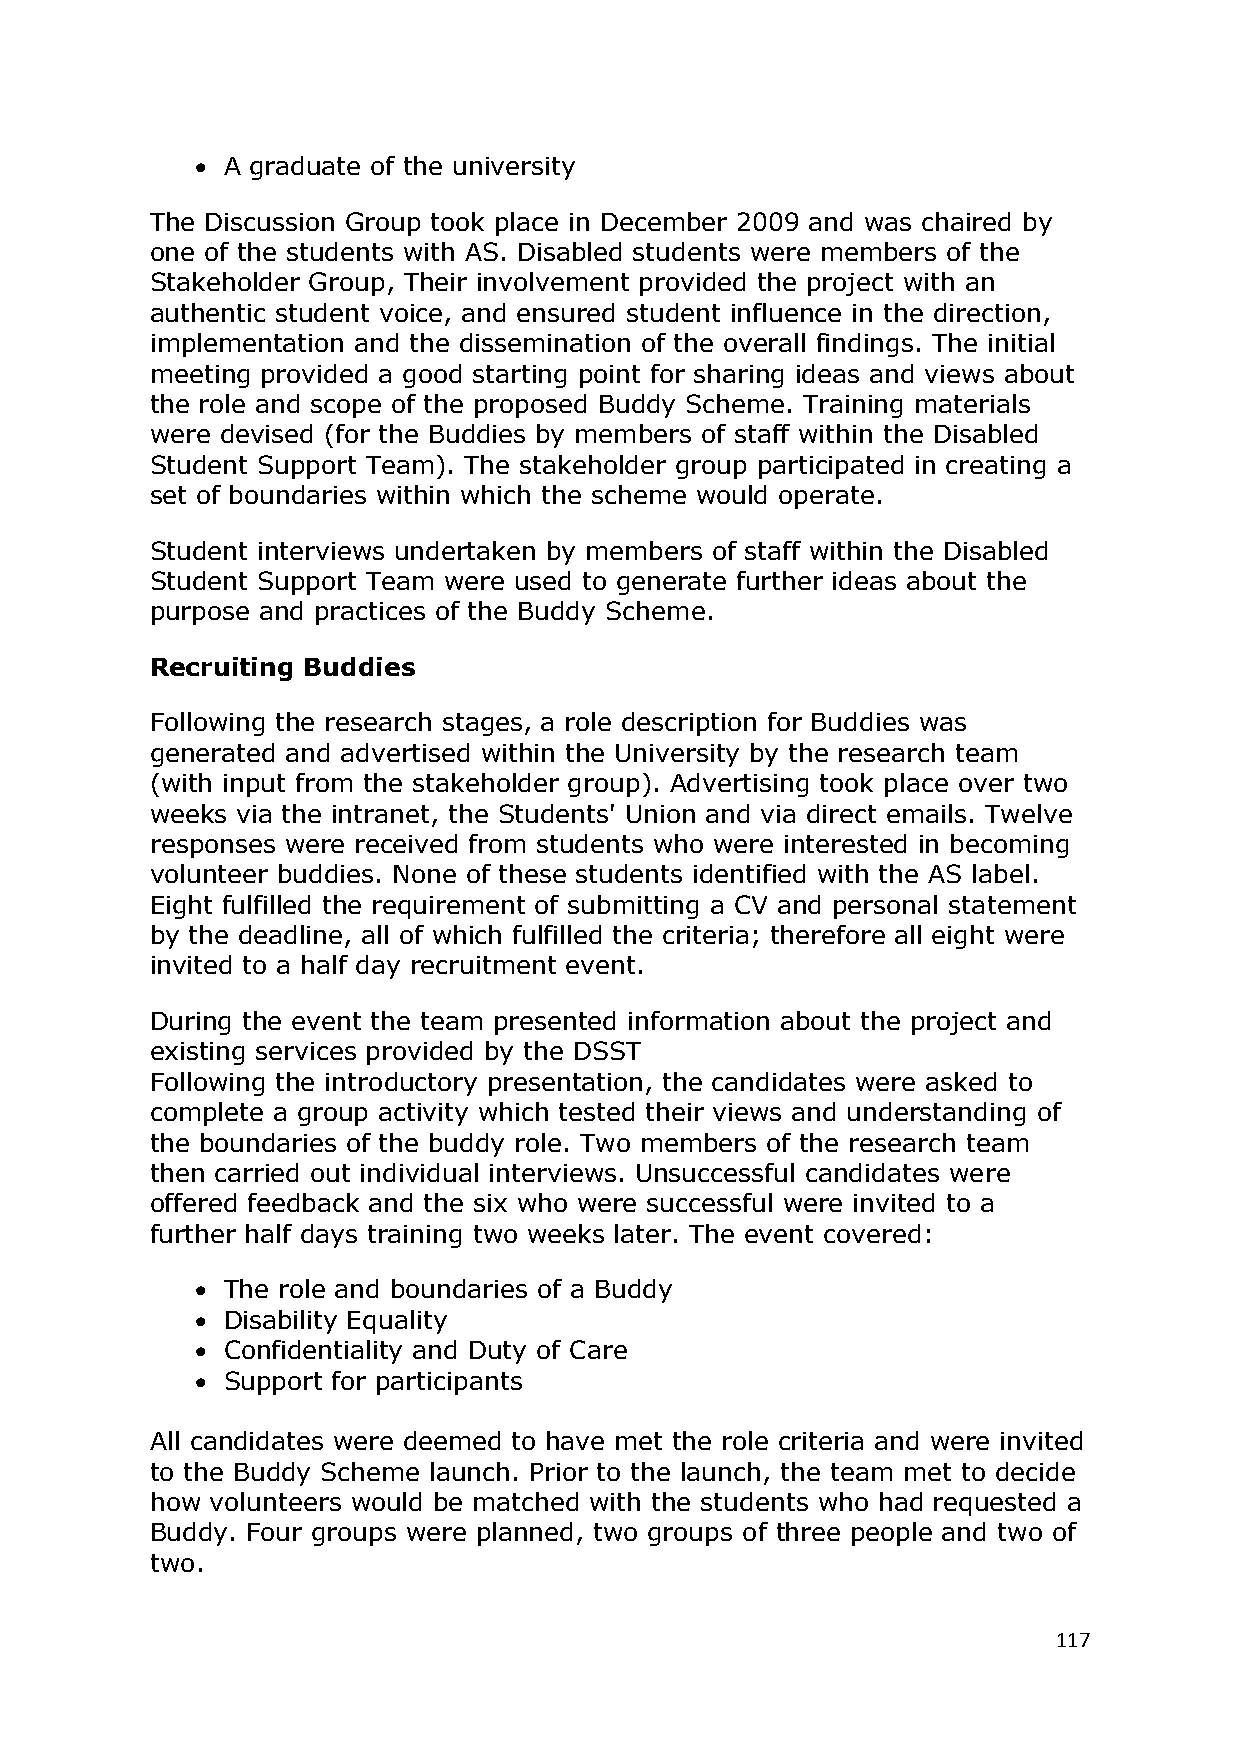
 A graduate of the university
 The Discussion Group took place in December 2009 and was chaired by
 one of the students with AS. Disabled students were members of the
 Stakeholder Group, Their involvement provided the project with an
 authentic student voice, and ensured student influence in the direction,
 implementation and the dissemination of the overall findings. The initial
 meeting provided a good starting point for sharing ideas and views about
 the role and scope of the proposed Buddy Scheme. Training materials
 were devised (for the Buddies by members of staff within the Disabled
 Student Support Team). The stakeholder group participated in creating a
 set of boundaries within which the scheme would operate.
 Student interviews undertaken by members of staff within the Disabled
 Student Support Team were used to generate further ideas about the
 purpose and practices of the Buddy Scheme.
 Recruiting Buddies
 Following the research stages, a role description for Buddies was
 generated and advertised within the University by the research team
 (with input from the stakeholder group). Advertising took place over two
 weeks via the intranet, the Students' Union and via direct emails. Twelve
 responses were received from students who were interested in becoming
 volunteer buddies. None of these students identified with the AS label.
 Eight fulfilled the requirement of submitting a CV and personal statement
 by the deadline, all of which fulfilled the criteria; therefore all eight were
 invited to a half day recruitment event.
 During the event the team presented information about the project and
 existing services provided by the DSST
 Following the introductory presentation, the candidates were asked to
 complete a group activity which tested their views and understanding of
 the boundaries of the buddy role. Two members of the research team
 then carried out individual interviews. Unsuccessful candidates were
 offered feedback and the six who were successful were invited to a
 further half days training two weeks later. The event covered:
  The role and boundaries of a Buddy
  Disability Equality
  Confidentiality and Duty of Care
  Support for participants
 All candidates were deemed to have met the role criteria and were invited
 to the Buddy Scheme launch. Prior to the launch, the team met to decide
 how volunteers would be matched with the students who had requested a
 Buddy. Four groups were planned, two groups of three people and two of
 two.
 117